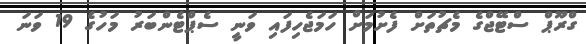
ގްރޫޕް ސްޓޭޖްގެ މެޗުތަށް ފެށުމަށް ހަމަޖެހިފައި ވަނީ ސެޕްޓެންބަރު މަހުގެ 19 ވަނަ